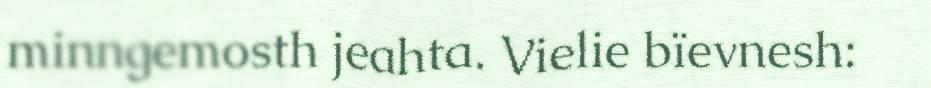
minngemosth jeahta. Vielie bïevnesh: